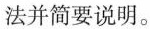
法并简要说明。